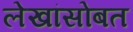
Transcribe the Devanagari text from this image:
लेखांसोबत